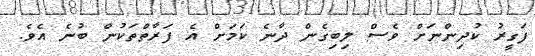
ފަގީރު ކުދިންނަށް ވެސް ލިބިގެން ދާނެ ކަމަށް އެ ފަރާތްތަކުން ބުނެ އެވެ.